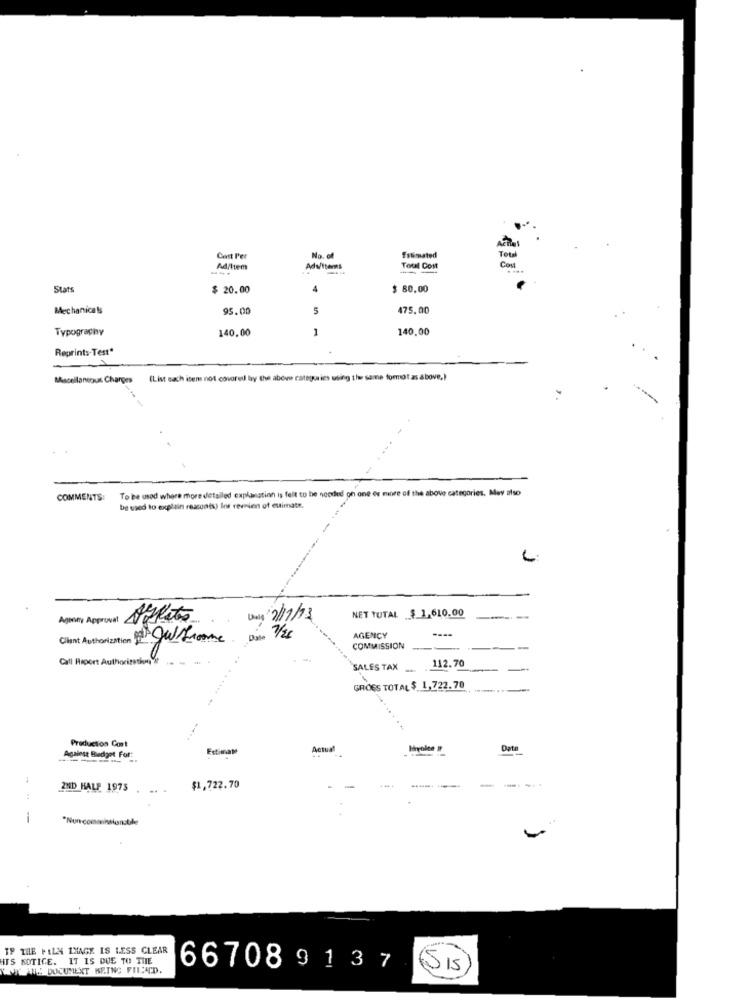
Total
Cast Per
No. of
Filimated
Con
....
Ad/Item
Adulters
Toul Cost
Stats
$ 20.00
$ 80.00
Mechanicals
95.00
5
475.00
Typography
140.00
1
140,00
Reprints-Test"
Miscellaneous Charges
(List each item not covered! lay the above categories using the same format as above,)
To be used where more detailed explanation is felt to be needed on one or more of the above categories. May also
COMMENTS:
be used to explain rescunts) lor revnien of estimate.
L
NET TUTAL $ 1,610.00
Afinity Approval Siglato
Dany 2/17/73
----
Client Authorization DA Gul AGrome Date 1/26
AGENCY
COMMISSION
Call Report Authorizations't
SALES TAX
112.70
GROES TOTAL $ 1,722.79
Production Cont
Estimate
Actual
Against Budget For:
-
2ND HALF 1975
$1,722.70
-
IF THE PALA IMAGE IS LESS CLEAR
HIS NOTICE. IT IS DUE TO THE
KONTANTE DOCUMENT BEING FICACD.
66708 91 37